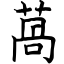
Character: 萵